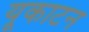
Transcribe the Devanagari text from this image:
यूकाटन